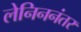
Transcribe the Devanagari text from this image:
लेनिननंतर